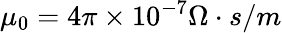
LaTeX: \mu_{0}=4\pi\times 10^{-7}\Omega\cdot s/m